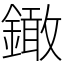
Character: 𨬒